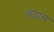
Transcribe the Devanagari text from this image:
चढ़ाय